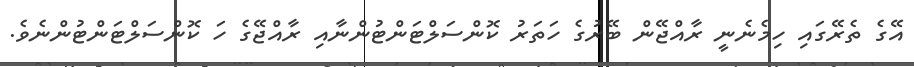
އޭގެ ތެރޭގައި ހިމެނެނީ ރާއްޖޭން ބޭރުގެ ހަތަރު ކޮންސަލްޓަންޓުންނާއި ރާއްޖޭގެ ހަ ކޮންސަލްޓަންޓުންނެވެ.